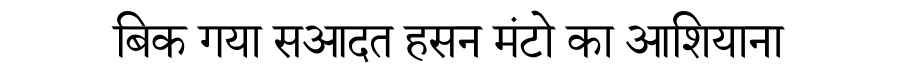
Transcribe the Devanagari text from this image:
बिक गया सआदत हसन मंटो का आशियाना